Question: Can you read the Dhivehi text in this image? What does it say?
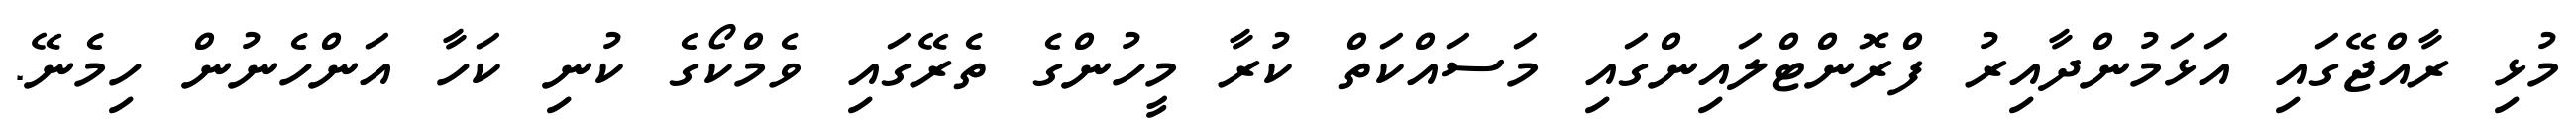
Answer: މުޅި ރާއްޖޭގައި އަޅަމުންދާއިރު ފްރޮންޓްލައިންގައި މަސައްކަތް ކުރާ މީހުންގެ ތެރޭގައި ވެމްކޯގެ ކުނި ކަހާ އަންހެނުން ހިމެނޭ.